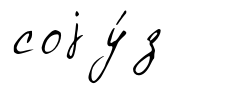
соjу́з